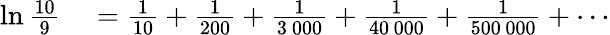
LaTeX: \begin{array}{rl}{\ln{\frac{10}{9}}}&{{}={\frac{1}{10}}+{\frac{1}{200}}+{\frac{1}{3\ 000}}+{\frac{1}{40\, 000}}+{\frac{1}{500\, 000}}+\cdots}\end{array}